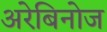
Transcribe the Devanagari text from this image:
अरेबिनोज